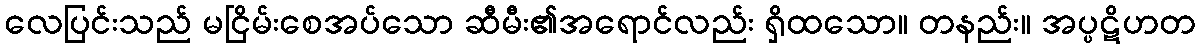
လေပြင်းသည် မငြိမ်းစေအပ်သော ဆီမီး၏အရောင်လည်း ရှိထသော။ တနည်း။ အပ္ပဋိဟတ